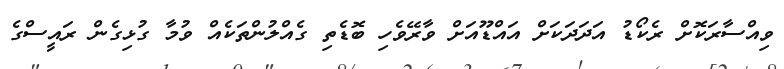
ވިއްސާރަކޮށް ރެކޯޑު އަދަދަކަށް އައްޑޫއަށް ވާރޭވެހި ބޮޑެތި ގެއްލުންތަކެއް ވުމާ ގުޅިގެން ރައީސްގެ